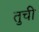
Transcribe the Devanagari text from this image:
तुची